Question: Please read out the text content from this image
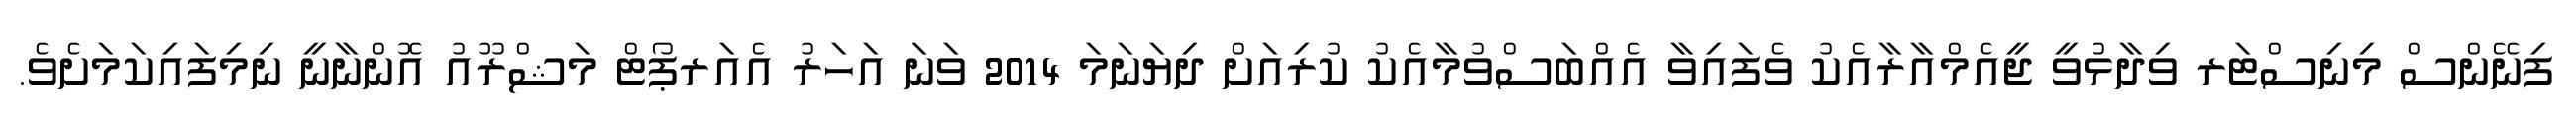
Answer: ފިނޭންސް މިނިސްޓަރ ވިދާޅުވީ ޖީއެމްއާރާއެކު ވެފައިވާ އެއްބަސްވުމާއެކު ކުރިއަށް ދިޔަނަމަ 2014 ވަނަ އަހަރު އެއަރޕޯޓް މަޝްރޫއު އޮންނާނީ ނިމިފައިކަމަށެވެ.